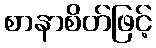
စာနာစိတ်ဖြင့်